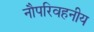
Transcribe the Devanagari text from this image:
नौपरिवहनीय